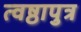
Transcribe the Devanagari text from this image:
त्वष्ठापुत्र